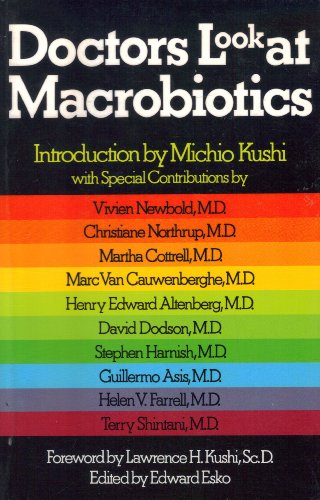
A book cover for Doctors Look at Macrobiotics; Health, Fitness & Dieting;